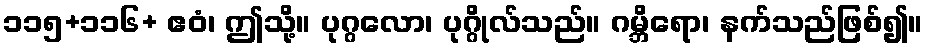
၁၁၅+၁၁၆+ ဧဝံ၊ ဤသို့။ ပုဂ္ဂလော၊ ပုဂ္ဂိုလ်သည်။ ဂမ္ဘိရော၊ နက်သည်ဖြစ်၍။